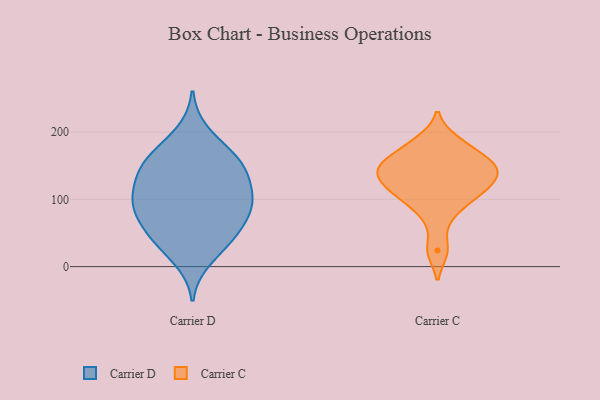
{"axis": {"x": "Tickets Resolved", "y": "Value"}, "legend": ["Carrier C", "Carrier D"], "data": [{"x": "", "y": 167, "type": "Carrier D"}, {"x": "", "y": 150, "type": "Carrier D"}, {"x": "", "y": 103, "type": "Carrier D"}, {"x": "", "y": 93, "type": "Carrier D"}, {"x": "", "y": 169, "type": "Carrier D"}, {"x": "", "y": 157, "type": "Carrier D"}, {"x": "", "y": 84, "type": "Carrier D"}, {"x": "", "y": 61, "type": "Carrier D"}, {"x": "", "y": 98, "type": "Carrier D"}, {"x": "", "y": 106, "type": "Carrier D"}, {"x": "", "y": 142, "type": "Carrier D"}, {"x": "", "y": 32, "type": "Carrier D"}, {"x": "", "y": 10, "type": "Carrier D"}, {"x": "", "y": 57, "type": "Carrier D"}, {"x": "", "y": 91, "type": "Carrier D"}, {"x": "", "y": 57, "type": "Carrier D"}, {"x": "", "y": 133, "type": "Carrier D"}, {"x": "", "y": 130, "type": "Carrier D"}, {"x": "", "y": 36, "type": "Carrier D"}, {"x": "", "y": 200, "type": "Carrier D"}, {"x": "", "y": 105, "type": "Carrier C"}, {"x": "", "y": 142, "type": "Carrier C"}, {"x": "", "y": 174, "type": "Carrier C"}, {"x": "", "y": 146, "type": "Carrier C"}, {"x": "", "y": 24, "type": "Carrier C"}, {"x": "", "y": 77, "type": "Carrier C"}, {"x": "", "y": 110, "type": "Carrier C"}, {"x": "", "y": 131, "type": "Carrier C"}, {"x": "", "y": 149, "type": "Carrier C"}, {"x": "", "y": 156, "type": "Carrier C"}, {"x": "", "y": 187, "type": "Carrier C"}, {"x": "", "y": 118, "type": "Carrier C"}]}